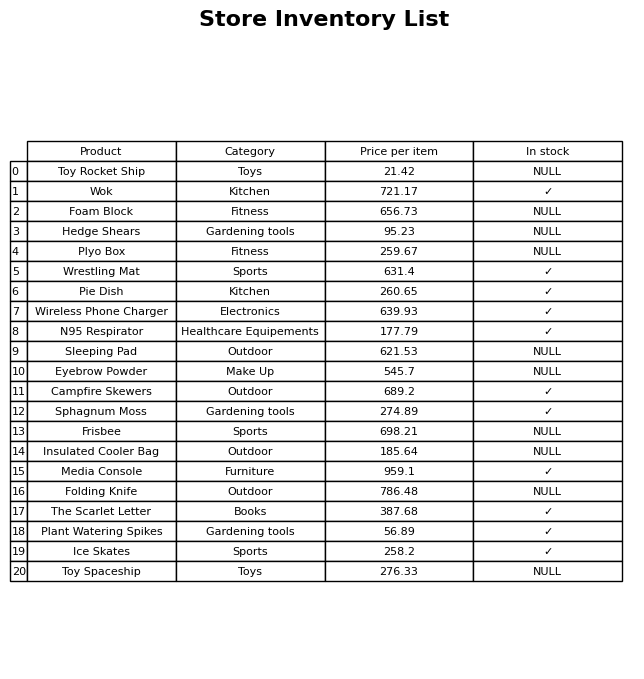
question: What is the price of the Campfire Skewers?
answer: The price of Campfire Skewers is 689.2.